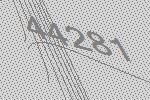
44281